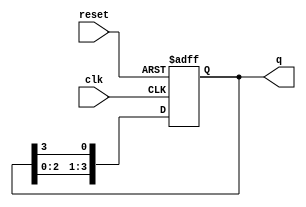
module ring_counter (
    input wire clk,         // Clock signal
    input wire reset,       // Asynchronous reset signal
    output reg [N-1:0] q    // Output state of the ring counter
);

parameter N = 4; // Number of stages in the ring counter (adjust as necessary)

always @(posedge clk or posedge reset) begin
    if (reset) begin
        // On reset, set the first flip-flop to '1' and all others to '0'
        q <= 1; // This sets only the least significant bit to 1
    end else begin
        // Perform the ring counter shift
        q <= {q[N-2:0], q[N-1]}; // Shift the bits to the left and wrap around
    end
end

endmodule